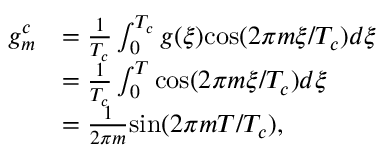
\begin{array} { r l } { g _ { m } ^ { c } } & { = \frac { 1 } { T _ { c } } \int _ { 0 } ^ { T _ { c } } g ( \xi ) \mathrm { c o s } ( 2 \pi m \xi / T _ { c } ) d \xi } \\ & { = \frac { 1 } { T _ { c } } \int _ { 0 } ^ { T } \mathrm { c o s } ( 2 \pi m \xi / T _ { c } ) d \xi } \\ & { = \frac { 1 } { 2 \pi m } \mathrm { s i n } ( 2 \pi m T / T _ { c } ) , } \end{array}